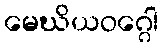
မေဃိယဝဂ္ဂေါ